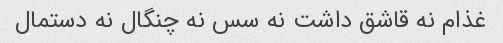
غذام نه قاشق داشت نه سس نه چنگال نه دستمال